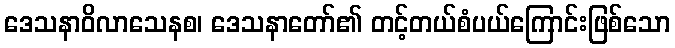
ဒေသနာဝိလာသေနစ၊ ဒေသနာတော်၏ တင့်တယ်စံပယ်ကြောင်းဖြစ်သော